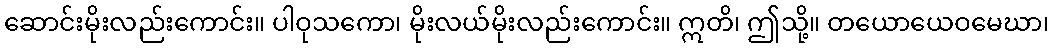
ဆောင်းမိုးလည်းကောင်း။ ပါဝုသကော၊ မိုးလယ်မိုးလည်းကောင်း။ ဣတိ၊ ဤသို့။ တယောယေဝမေဃာ၊